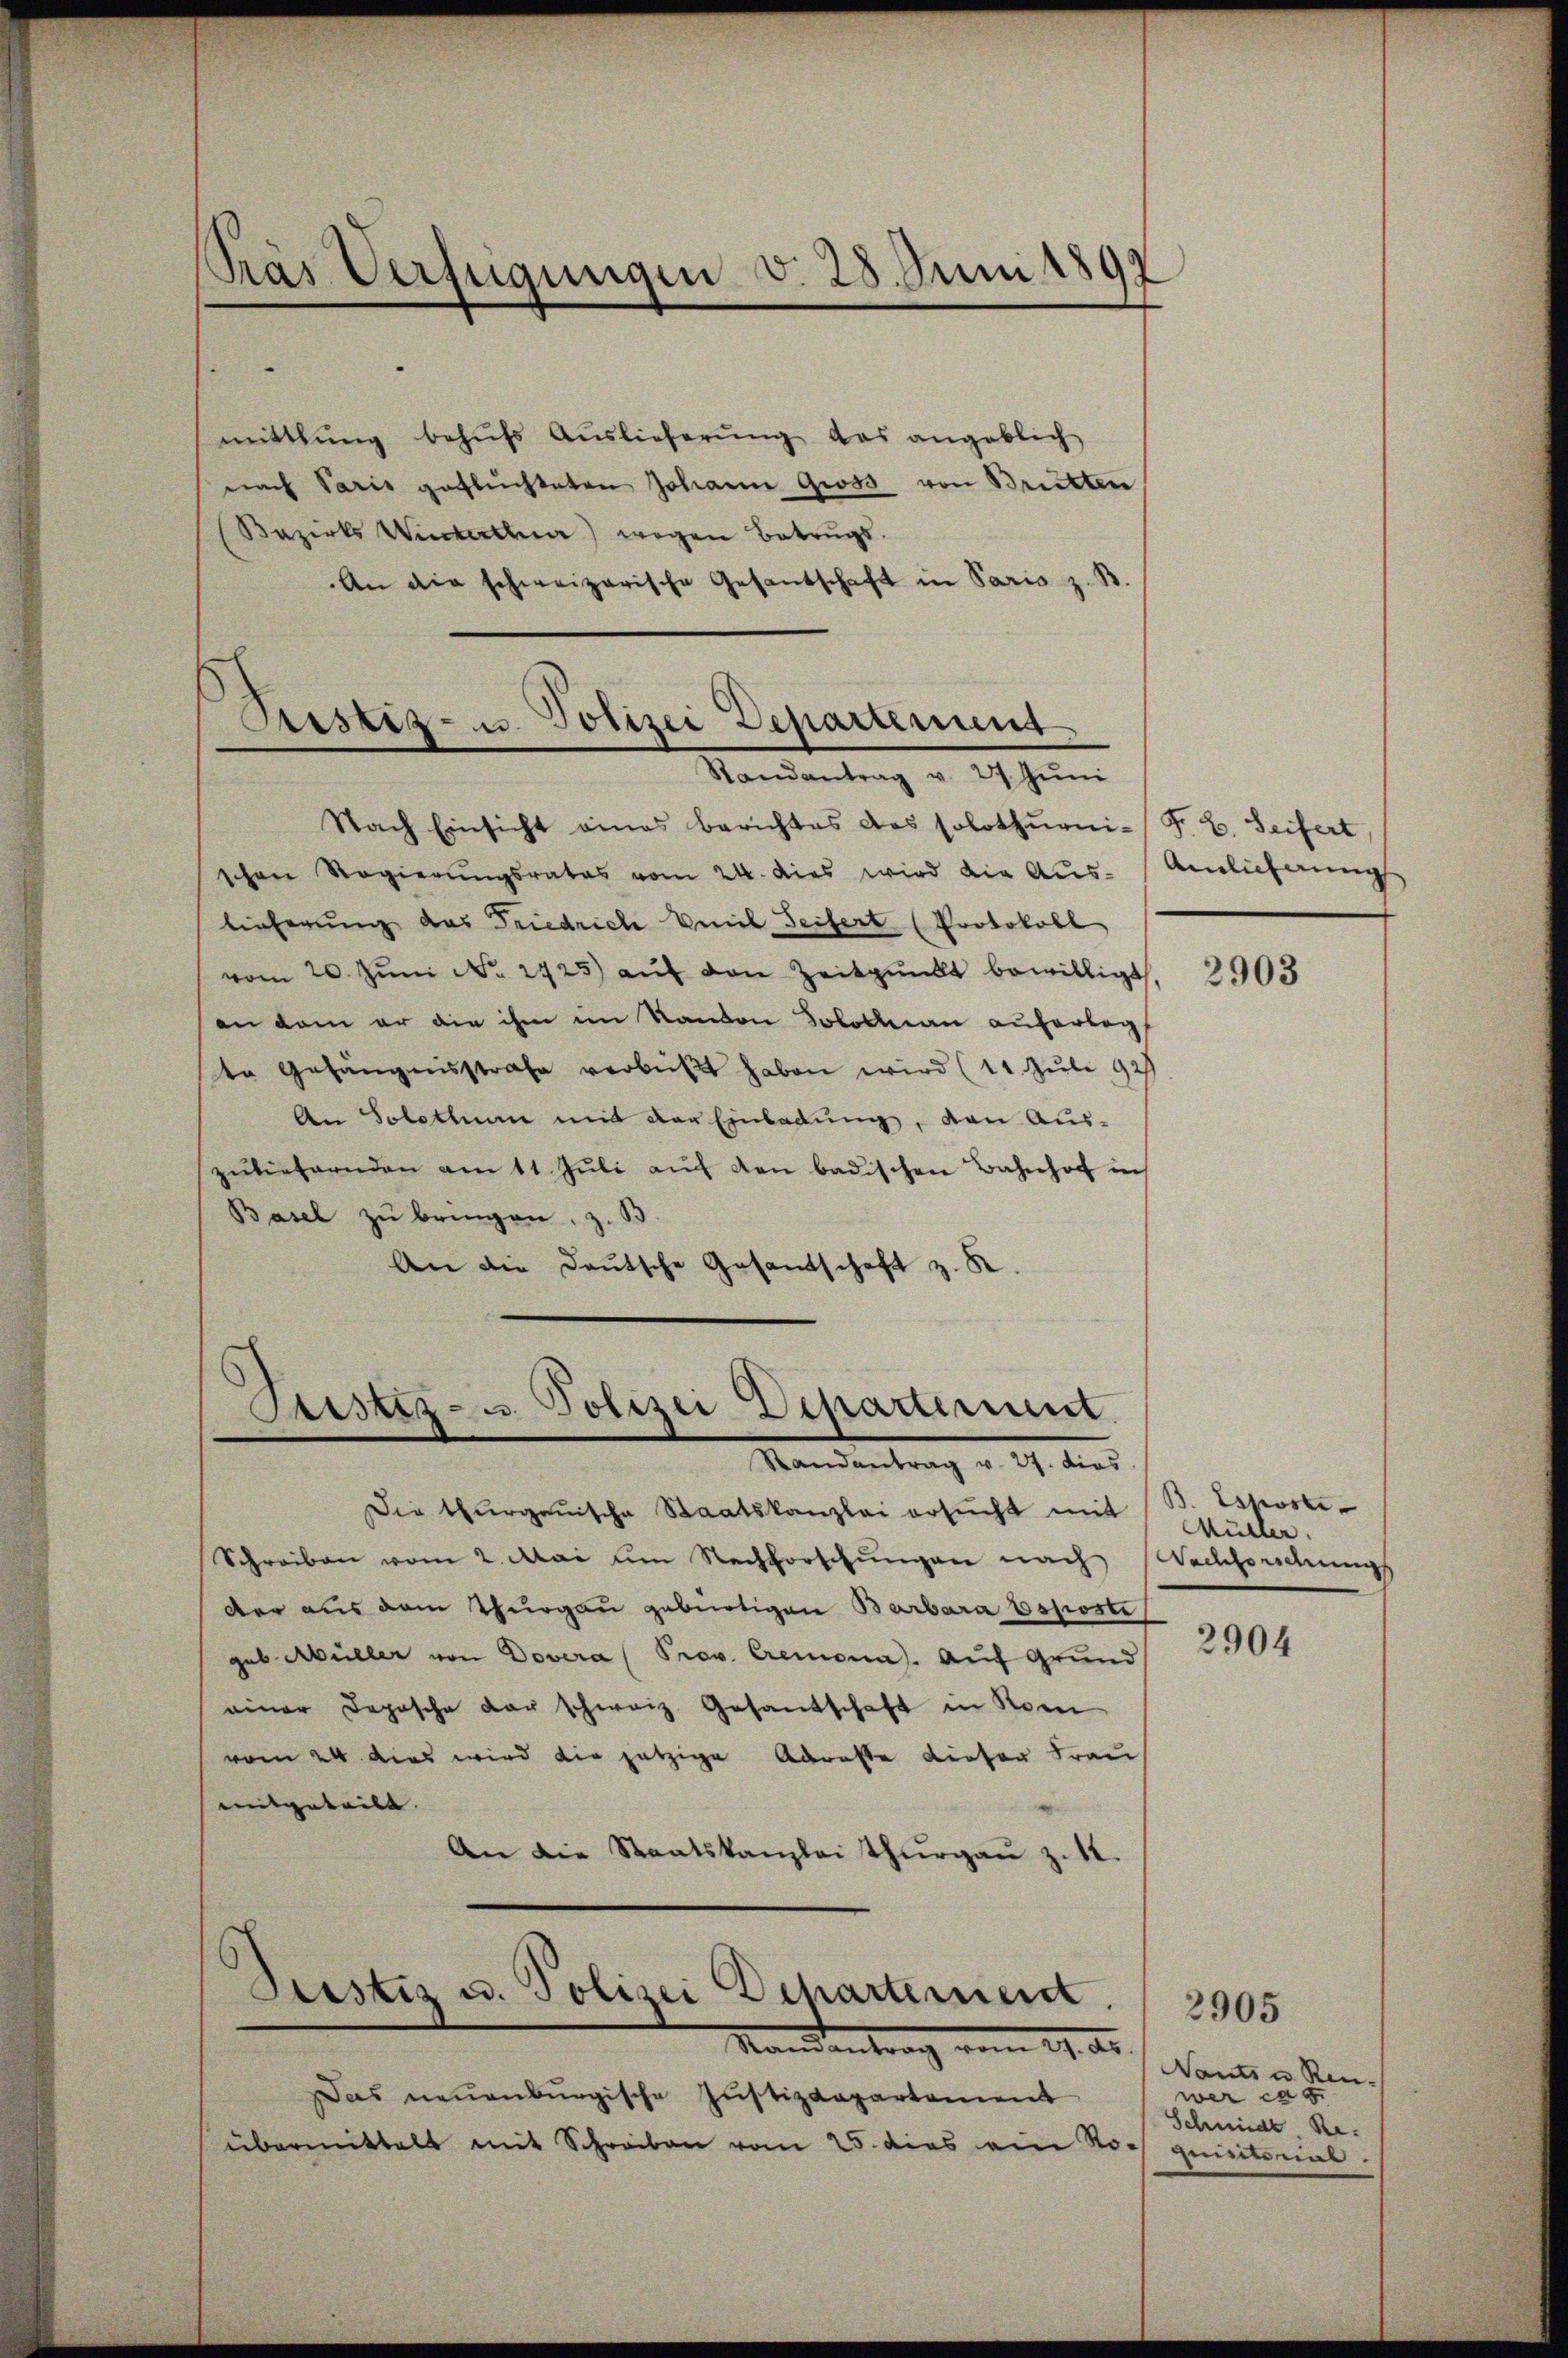
mittlung behŭfs Auslieferŭng das angeblich
nach Paris geflüchteten Johann gross von Breitten
(Bezirks Winterthur) wegen Betrugs-
An die schweizerische Gesantschaft in Paris z. B
Randantrag v. 27. Jŭni
Nach Einsicht eines berichtes das solothŭrni-F. B. Seifert,
schen Regierungsrates vom 24. dies wird die Aus-Anlieferungs
lieferung das Friedriche Emil Seifert (Protokoll
vom 20. Jŭni No 2925) aŭf den Zeitpunkt bewilligt.
an dem er die ihm im Randon Solothurn auferlegt
te Gefängnisstrafe verbüßt haben wird (11. Juli 1929
An Solothum mit der Einladung, den Aus-
zŭliefernden am 11. Jŭli aŭf den badischen Bahnhof in
Basel zu bringen, z. B
An die Deutsche Gesandtschaft z. R.

Pras Verfügungen v. 28. Juni 1892

Sistiz- u. Polizei Departement

Sistiz- u. Polizei Departement.

Justiz u. Polizei Departement.

Randantrag v. 27. dies
Die thurgauische Staatskanzlei ersŭcht mit
Schreiben vom 2. Mai am Nachforschungen nach
Der aus dem Thurgau gebürtigen Barbara Esposti
gub. Müller von Dovera (Prov. Cremona. Auf Grund
einer Depesche der schweiz Gesandschaft in Rom
vom 24 dies wird die jetzige Adreste dieser Frau
mitgeteilt. |
An die Staatskanzlei Thurgau z.12.
Mandantrag vom 19. ds.
Das neuenburgische Justizdepartement
übermittelt mit Schreiben vom 25. dies ein No-

2903

B. Eskoste
Müller.
Nachfordungs

2904

Nants u. Ren
werceg
Schmidt Re
siintonal.

2905